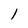
Character: l